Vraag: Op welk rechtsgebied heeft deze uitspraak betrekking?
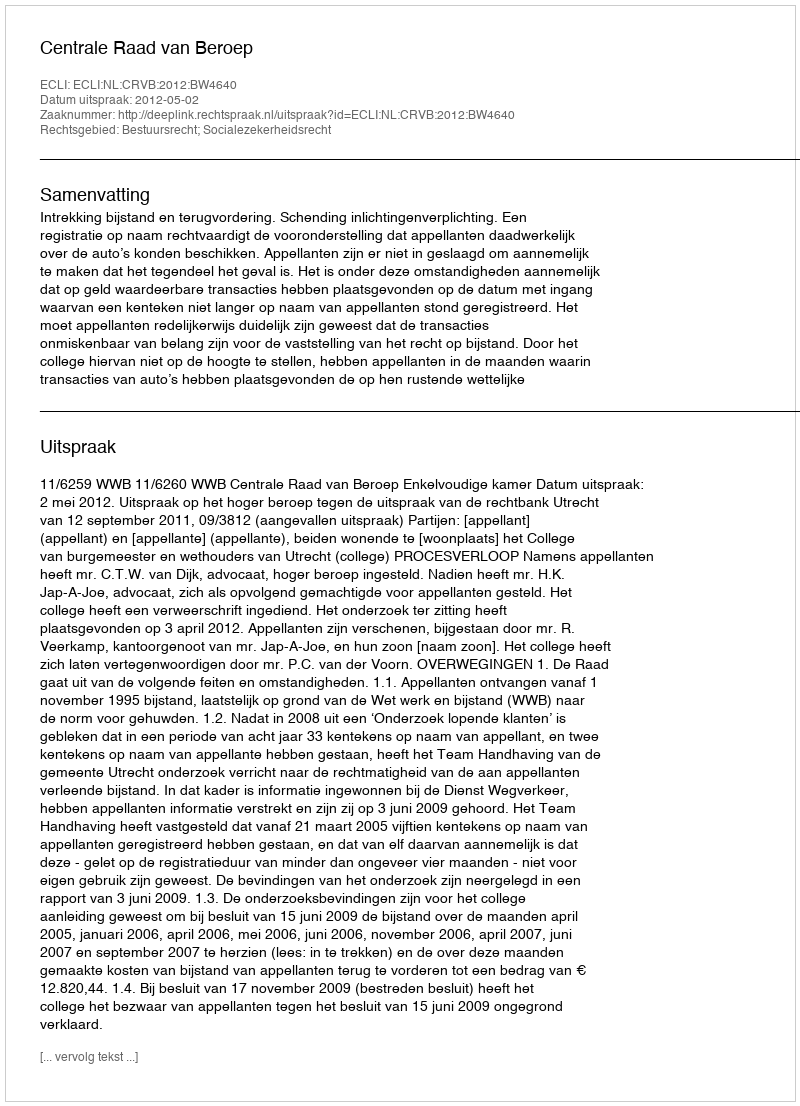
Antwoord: Bestuursrecht; Socialezekerheidsrecht